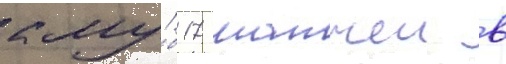
клу́б 17 матчеи в